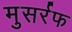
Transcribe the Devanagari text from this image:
मुसर्रफ